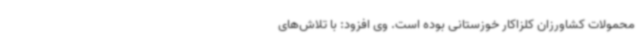
محمولات کشاورزان کلزاکار خوزستانی بوده است. وی افزود: با تلاش‌های